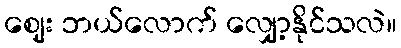
ဈေး ဘယ်လောက် လျှော့နိုင်သလဲ။